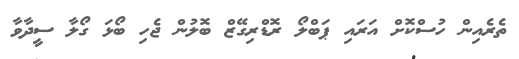
ތެެރެއިން ހުސްކޮށް އަރައި ޕަބްލޯ ރޮޑްރިގޭޒް ބޮލުން ޖެހި ބޯޅަ ގޯލާ ސީދާވާ